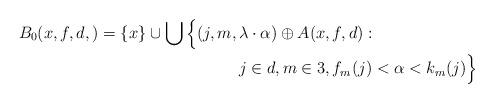
LaTeX: \begin{align*}B_0(x,f,d,)=\{x\}\cup \bigcup\Big\{(j,m,\,&\lambda\cdot \alpha)\oplus A(x,f,d):\\ &j\in d, m\in 3, f_m(j)<\alpha< k_m(j) \Big\}\end{align*}